Annual administration report of the Civil Veterinary Department of India - 1895-1896
Year: 1895
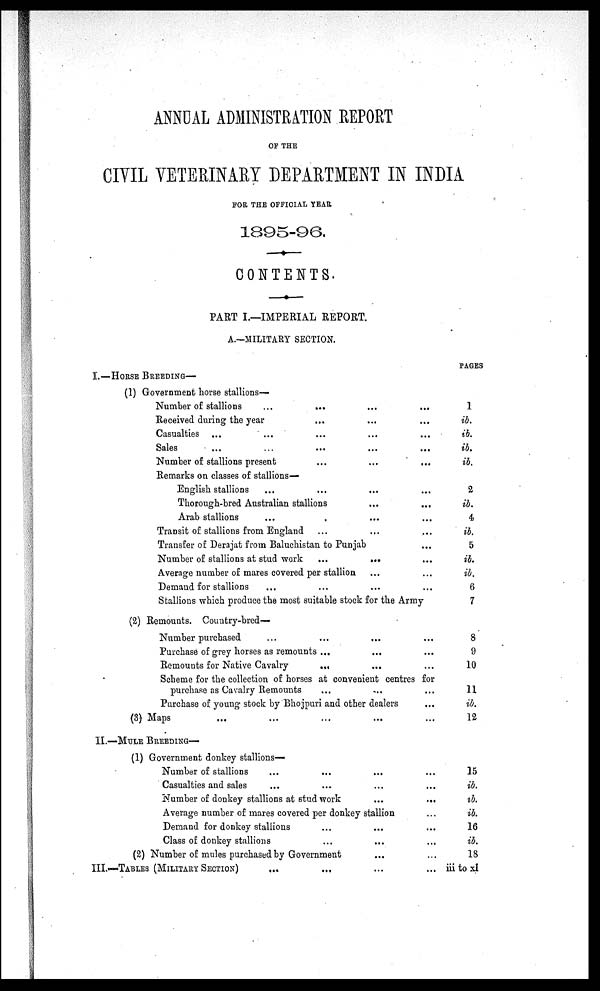
ANNUAL ADMINISTRATION REPORT
OF THE
CIVIL VETERINARY DEPARTMENT IN INDIA
FOR THE OFFICIAL YEAR
1895-96.
CONTENTS.
PART I.—IMPERIAL REPORT.
A.—MILITARY SECTION.
I.—HORSE BREEDING—
(1) Government horse stallions—
Number of stallions
...
...
...
...
Received during the year
... ... ...
Casualties ... ... ... ... ...
Sales ... ... ... ... ...
Number of stallions present ... ... ...
Remarks on classes of stallions—
English stallions ... ... ... ...
Thorough-bred Australian stallions
...
...
Arab stallions ... ... ...
Transit of stallions from England ... ... ...
Transfer of Derajat from Baluchistan to Punjab ...
Number of stallions at stud work
...
... ...
Average number of mares covered per stallion ... ...
Demand for stallions ... ... ... ...
Stallions which produce the most suitable stock for the Army
(2) Remounts. Country-bred—
Number purchased ... ... ... ...
Purchase of grey horses as remounts ... ... ...
Remounts for Native Cavalry
... ... ... ...
Scheme for the collection of horses at convenient centres for
purchase as Cavalry Remounts ... ... ...
Purchase of young stock by Bhojpuri and other dealers ...
(3) Maps ... ... ... ...
II.—MULE BREEDING—
(1) Government donkey stallions—
Number of stallions ... ... ... ...
Casualties and sales ... ... ... ...
Number of donkey stallions at stud work
...
...
Average number of mares covered per donkey stallion ...
Demand for donkey stallions ... ... ...
Class of donkey stallions ... ... ...
(2) Number of mules purchased by Government ... ...
III.—TABLES (MILITARY SECTION) ... ... ... ...
PAGES
1
ib.
ib.
ib.
ib.
2
ib.
4
ib.
5
ib.
ib.
6
7
8
9
10
11
ib.
12
15
ib.
ib.
ib.
16
ib.
18
iii to xl